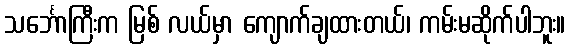
သင်္ဘောကြီးက မြစ် လယ်မှာ ကျောက်ချထားတယ်၊ ကမ်းမဆိုက်ပါဘူး။